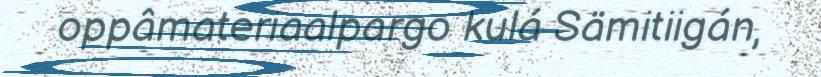
oppâmateriaalpargo kulá Sämitiigán,